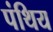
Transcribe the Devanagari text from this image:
पंथिय